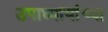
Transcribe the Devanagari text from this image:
उपाध्यायांच्या